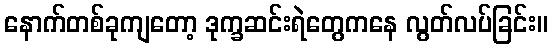
နောက်တစ်ခုကျတော့ ဒုက္ခဆင်းရဲတွေကနေ လွတ်လပ်ခြင်း။